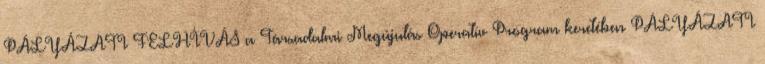
PÁLYÁZATI FELHÍVÁS a Társadalmi Megújulás Operatív Program keretében PÁLYÁZATI